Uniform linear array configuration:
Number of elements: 16
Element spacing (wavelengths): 0.5
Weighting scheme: hamming
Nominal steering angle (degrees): -30
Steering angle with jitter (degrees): -31.543
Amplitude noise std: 0.05
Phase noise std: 0.05

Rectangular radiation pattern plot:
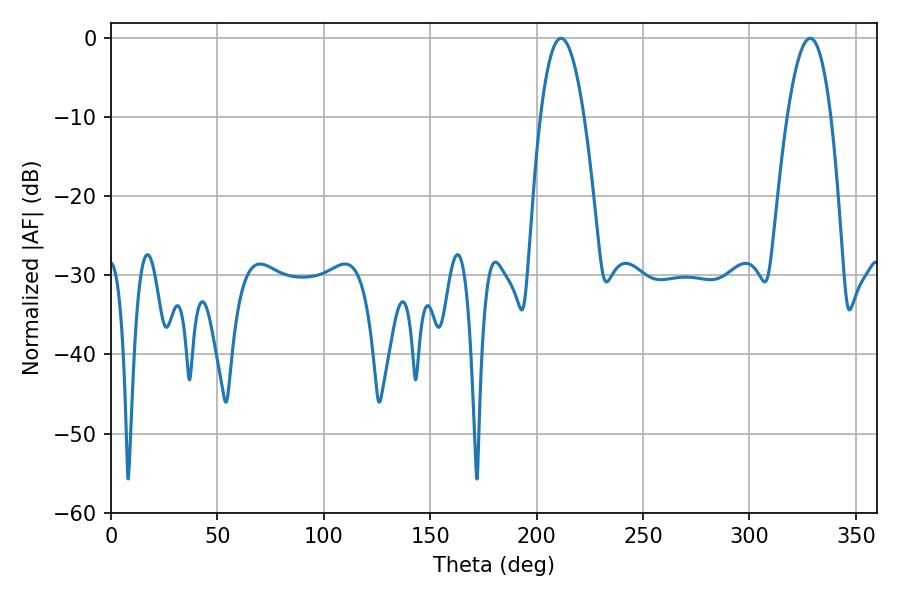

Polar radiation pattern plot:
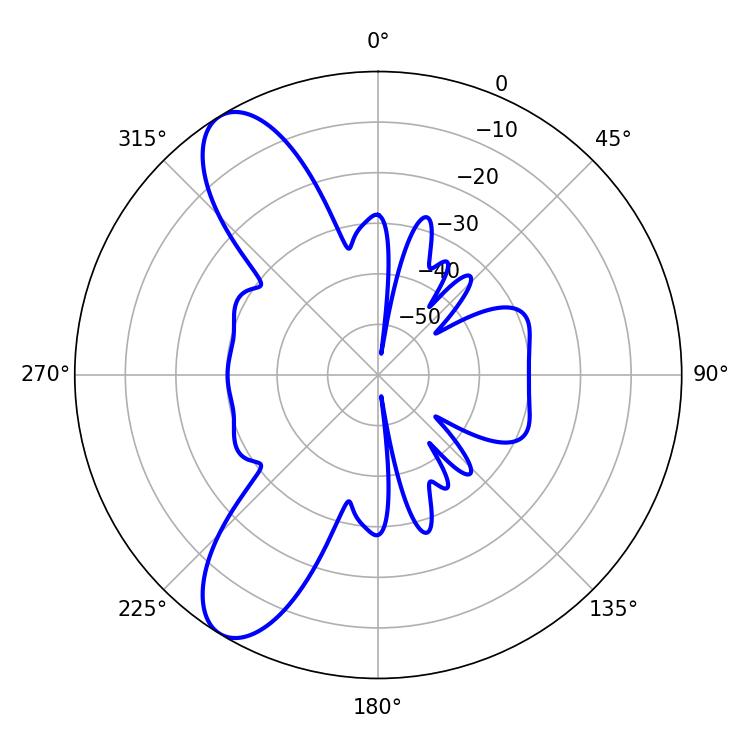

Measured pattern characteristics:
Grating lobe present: FALSE
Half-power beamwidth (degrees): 11.34
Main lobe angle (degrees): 328.5